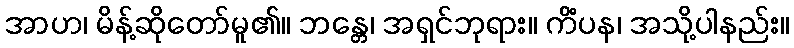
အာဟ၊ မိန့်ဆိုတော်မူ၏။ ဘန္တေ၊ အရှင်ဘုရား။ ကိံပန၊ အသို့ပါနည်း။